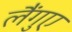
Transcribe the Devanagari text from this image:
लैंगुए